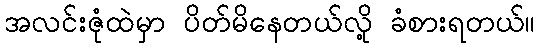
အလင်းဇုံထဲမှာ ပိတ်မိနေတယ်လို့ ခံစားရတယ်။